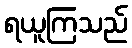
ရယူကြသည်